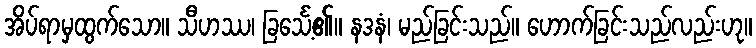
အိပ်ရာမှထွက်သော။ သီဟဿ၊ ခြင်္သေ့၏။ နဒနံ၊ မည်ခြင်းသည်။ ဟောက်ခြင်းသည်လည်းဟု။